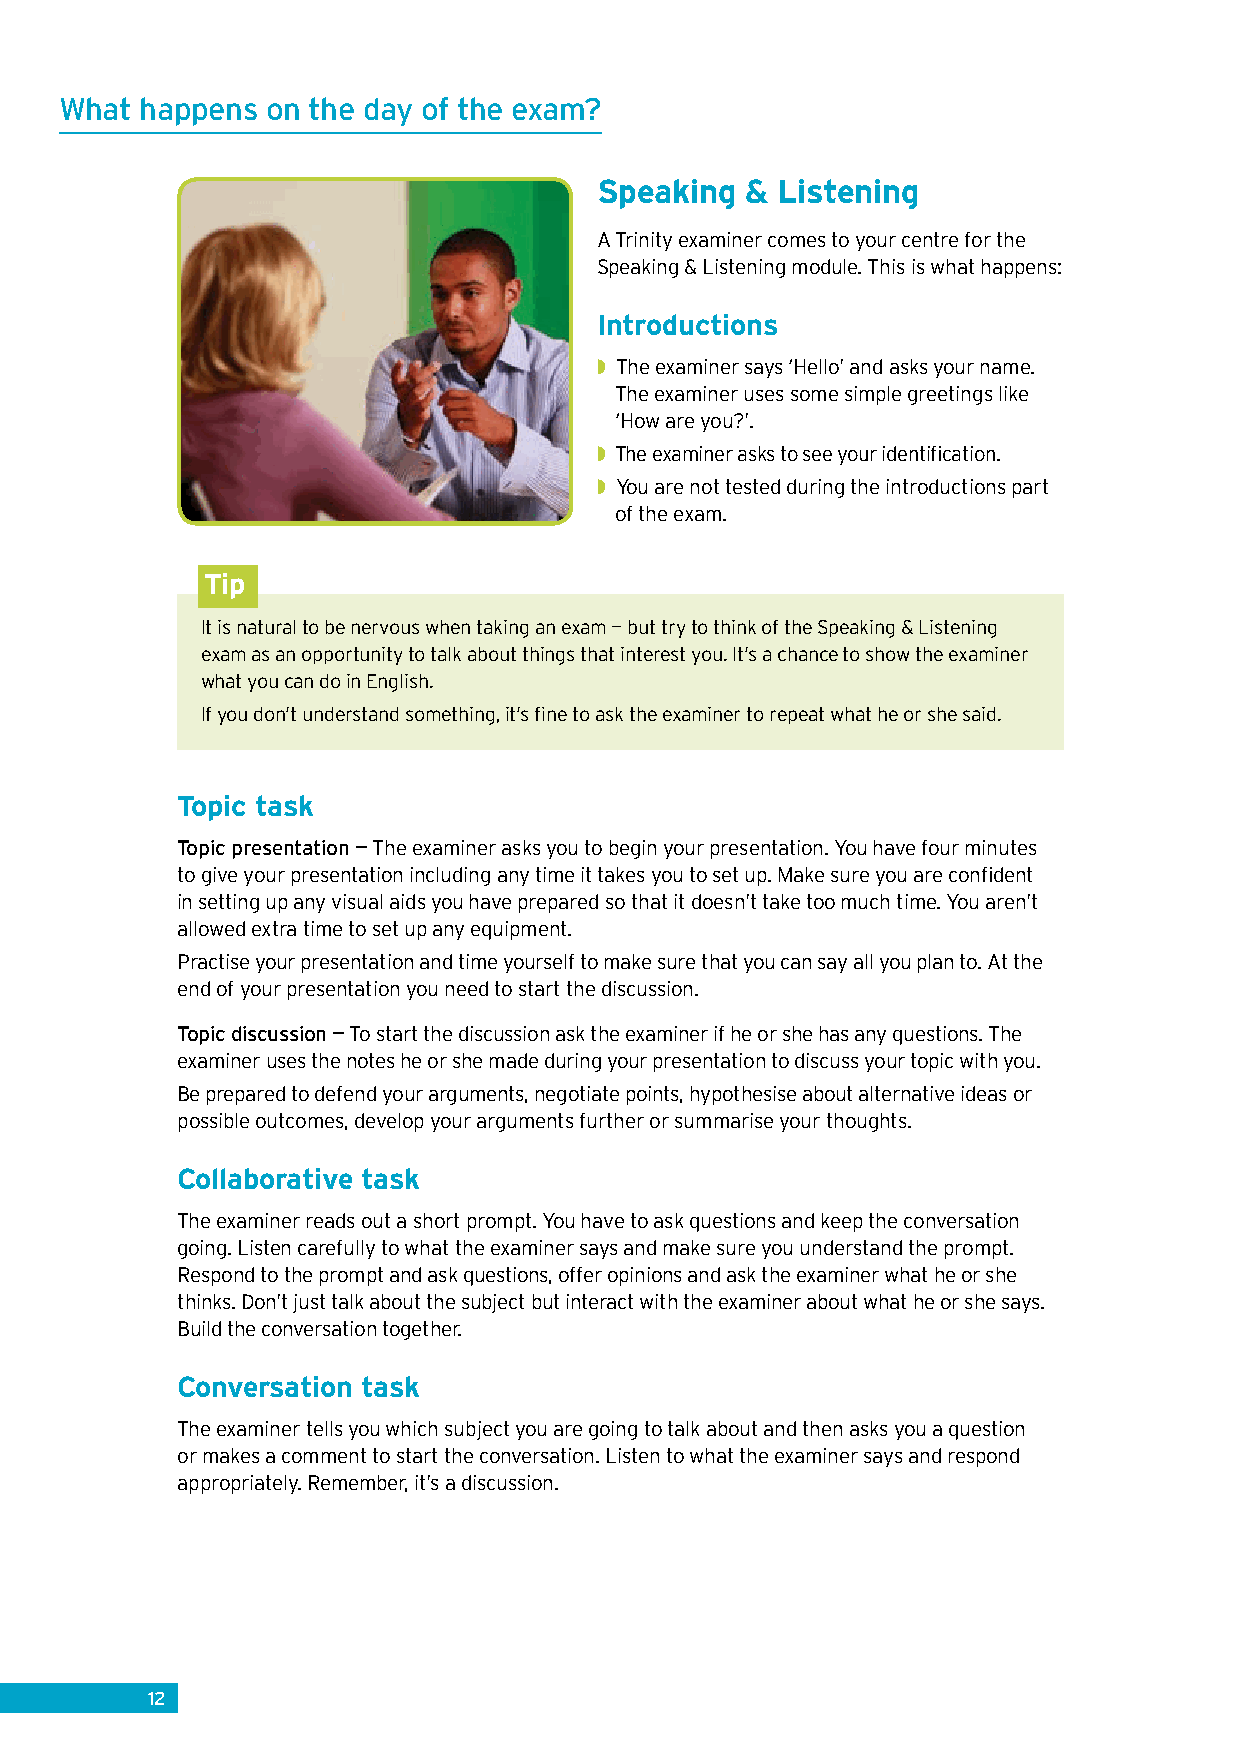
What happens  on the day of the exam?
 Speaking  & Listening
 A Trinity examiner comes to your centre for the
 Speaking & Listening module. This is what happens:
 Introductions
 ◗◗The examiner says ‘Hello’ and asks your name.
 The examiner uses some simple greetings like
 ‘How are you?’.
 ◗◗The examiner asks to see your identification.
 ◗◗You are not tested during the introductions part
 of the exam.
 Tip
 It is natural to be nervous when taking an exam — but try to think of the Speaking & Listening
 exam as an opportunity to talk about things that interest you. It’s a chance to show the examiner
 what you can do in English.
 If you don’t understand something, it’s fine to ask the examiner to repeat what he or she said.
 Topic task
 Topic presentation — The examiner asks you to begin your presentation. You have four minutes
 to give your presentation including any time it takes you to set up. Make sure you are confident
 in setting up any visual aids you have prepared so that it doesn’t take too much time. You aren’t
 allowed extra time to set up any equipment.
 Practise your presentation and time yourself to make sure that you can say all you plan to. At the
 end of your presentation you need to start the discussion.
 Topic discussion — To start the discussion ask the examiner if he or she has any questions. The
 examiner uses the notes he or she made during your presentation to discuss your topic with you.
 Be prepared to defend your arguments, negotiate points, hypothesise about alternative ideas or
 possible outcomes, develop your arguments further or summarise your thoughts.
 Collaborative task
 The examiner reads out a short prompt. You have to ask questions and keep the conversation
 going. Listen carefully to what the examiner says and make sure you understand the prompt.
 Respond to the prompt and ask questions, offer opinions and ask the examiner what he or she
 thinks. Don’t just talk about the subject but interact with the examiner about what he or she says.
 Build the conversation together.
 Conversation task
 The examiner tells you which subject you are going to talk about and then asks you a question
 or makes a comment to start the conversation. Listen to what the examiner says and respond
 appropriately. Remember, it’s a discussion.
 12